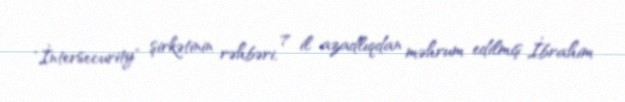
"İntersecurity" şirkətinin rəhbəri, 7 il azadlıqdan məhrum edilmiş İbrahim